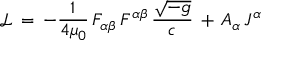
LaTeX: { \mathcal { L } } \, = \, - { \frac { 1 } { 4 \mu _ { 0 } } } \, F _ { \alpha \beta } \, F ^ { \alpha \beta } \, { \frac { \sqrt { - g } } { c } } \, + \, A _ { \alpha } \, J ^ { \alpha }